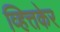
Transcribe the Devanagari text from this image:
व्हित्तकेर